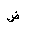
Letter: _dad